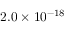
2 . 0 \times 1 0 ^ { - 1 8 }